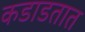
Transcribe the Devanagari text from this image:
कडाडतात